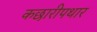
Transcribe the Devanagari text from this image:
कछारीपथार